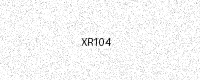
Text: XR104